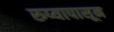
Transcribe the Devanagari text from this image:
रुप्यापासून